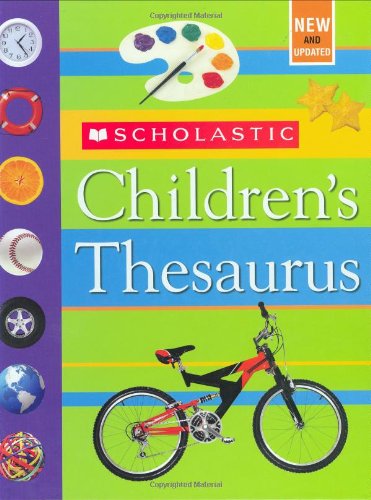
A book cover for Scholastic Children's Thesaurus; John Bollard; Children's Books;